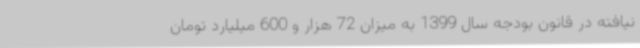
نیافته در قانون بودجه سال 1399 به میزان 72 هزار و 600 میلیارد تومان